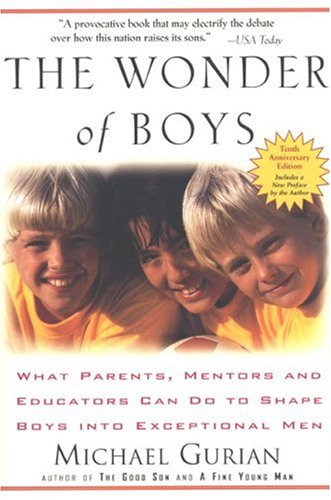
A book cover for The Wonder of Boys; Michael Gurian; Parenting & Relationships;